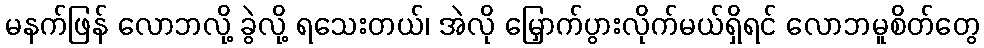
မနက်ဖြန် လောဘလို့ ခွဲလို့ ရသေးတယ်၊ အဲလို မြှောက်ပွားလိုက်မယ်ရှိရင် လောဘမူစိတ်တွေ